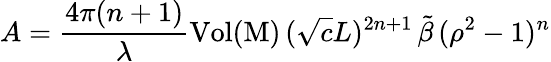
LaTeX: A=\frac{4\pi(n+1)}{\lambda}\mathrm{Vol(M)}\, (\sqrt{c}L)^{2n+1}\, \tilde{\beta}\, (\rho^{2}-1)^{n}